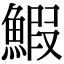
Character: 鰕